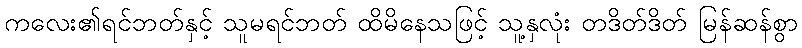
ကလေး၏ရင်ဘတ်နှင့် သူမရင်ဘတ် ထိမိနေသဖြင့် သူ့နှလုံး တဒိတ်ဒိတ် မြန်ဆန်စွာ